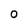
Character: 0